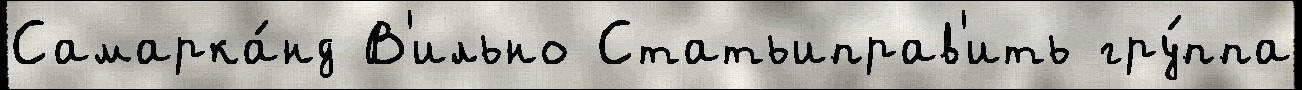
Самарка́нд В'ильно Статьиправ'ить гру́ппа